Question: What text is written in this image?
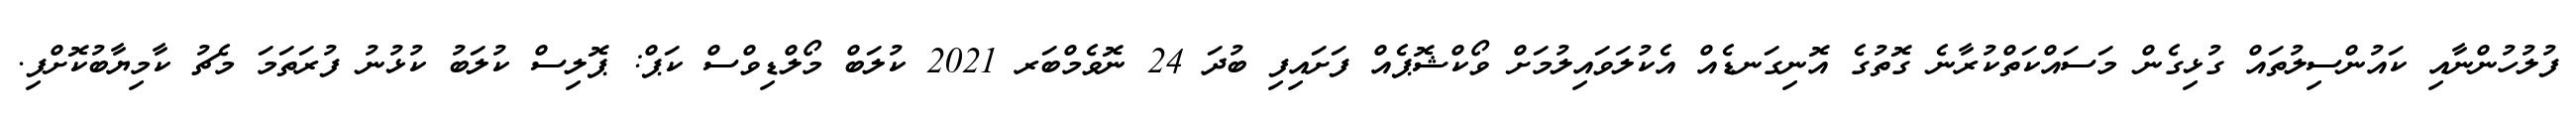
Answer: ފުލުހުންނާއި ކައުންސިލުތައް ގުޅިގެން މަސައްކަތްކުރާނެ ގޮތުގެ އޮނިގަނޑެއް އެކުލަވައިލުމަށް ވޯކްޝޮޕެއް ފަށައިފި ބުދަ 24 ނޮވެމްބަރ 2021 ކުލަބް މޯލްޑިވްސް ކަޕް: ޕޮލިސް ކުލަބު ކުޅުނު ފުރަތަމަ މެޗު ކާމިޔާބުކޮށްފި.